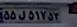
۵۵ل۵۱۷۵۳